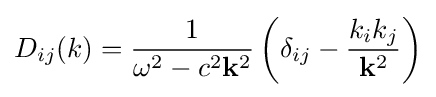
D_{ij}(k)={1 \over \omega ^{2}-c^{2}\mathbf {k} ^{2}}\left(\delta _{ij}-{k_{i}k_{j} \over \mathbf {k} ^{2}}\right)